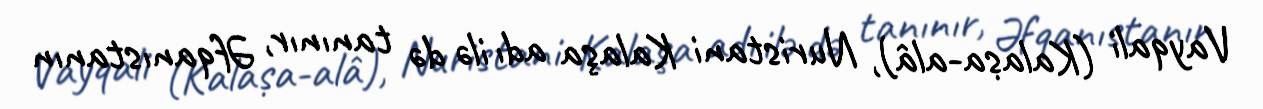
Vayqali (Kalaṣa-alâ), Nuristani Kalaşa adı ilə də tanınır, Əfqanıstanın